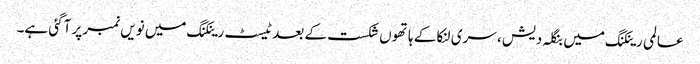
عالمی رینکنگ میں بنگلہ دیش ، سری لنکا کے ہاتھوں شکست کے بعد ٹیسٹ رینکنگ میں نویں نمبر پر آگئی ہے۔